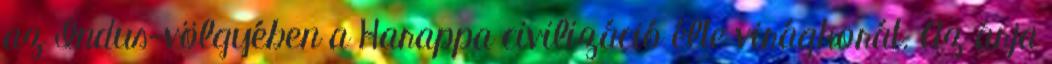
az Indus-völgyében a Harappa civilizáció élte virágkorát. Az árja